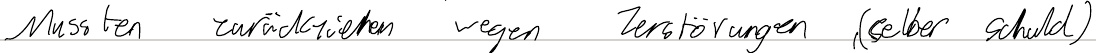
Mussten zurückziehen wegen Zerstörungen (selber schuld)